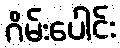
ဂိမ်းပေါင်း